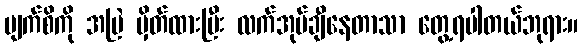
မျက်စိကို အမြဲ မှိတ်ထားပြီး လက်အုပ်ချီနေတာသာ တွေ့ရပါတယ်ဘုရား။